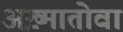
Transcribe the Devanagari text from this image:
अख़्मातोवा